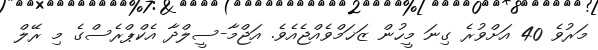
މަރުވެ 40 އަށްވުރެ ގިނަ މީހުން ޒަޚަމްވެއްޖެއެވެ. އަޖްމާ-ސީލްދާ އެކްޕްރެސްގެ މި ރޭލް